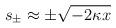
LaTeX: \begin{align*}s_{\pm} \approx \pm \sqrt{- 2 \kappa x}\end{align*}